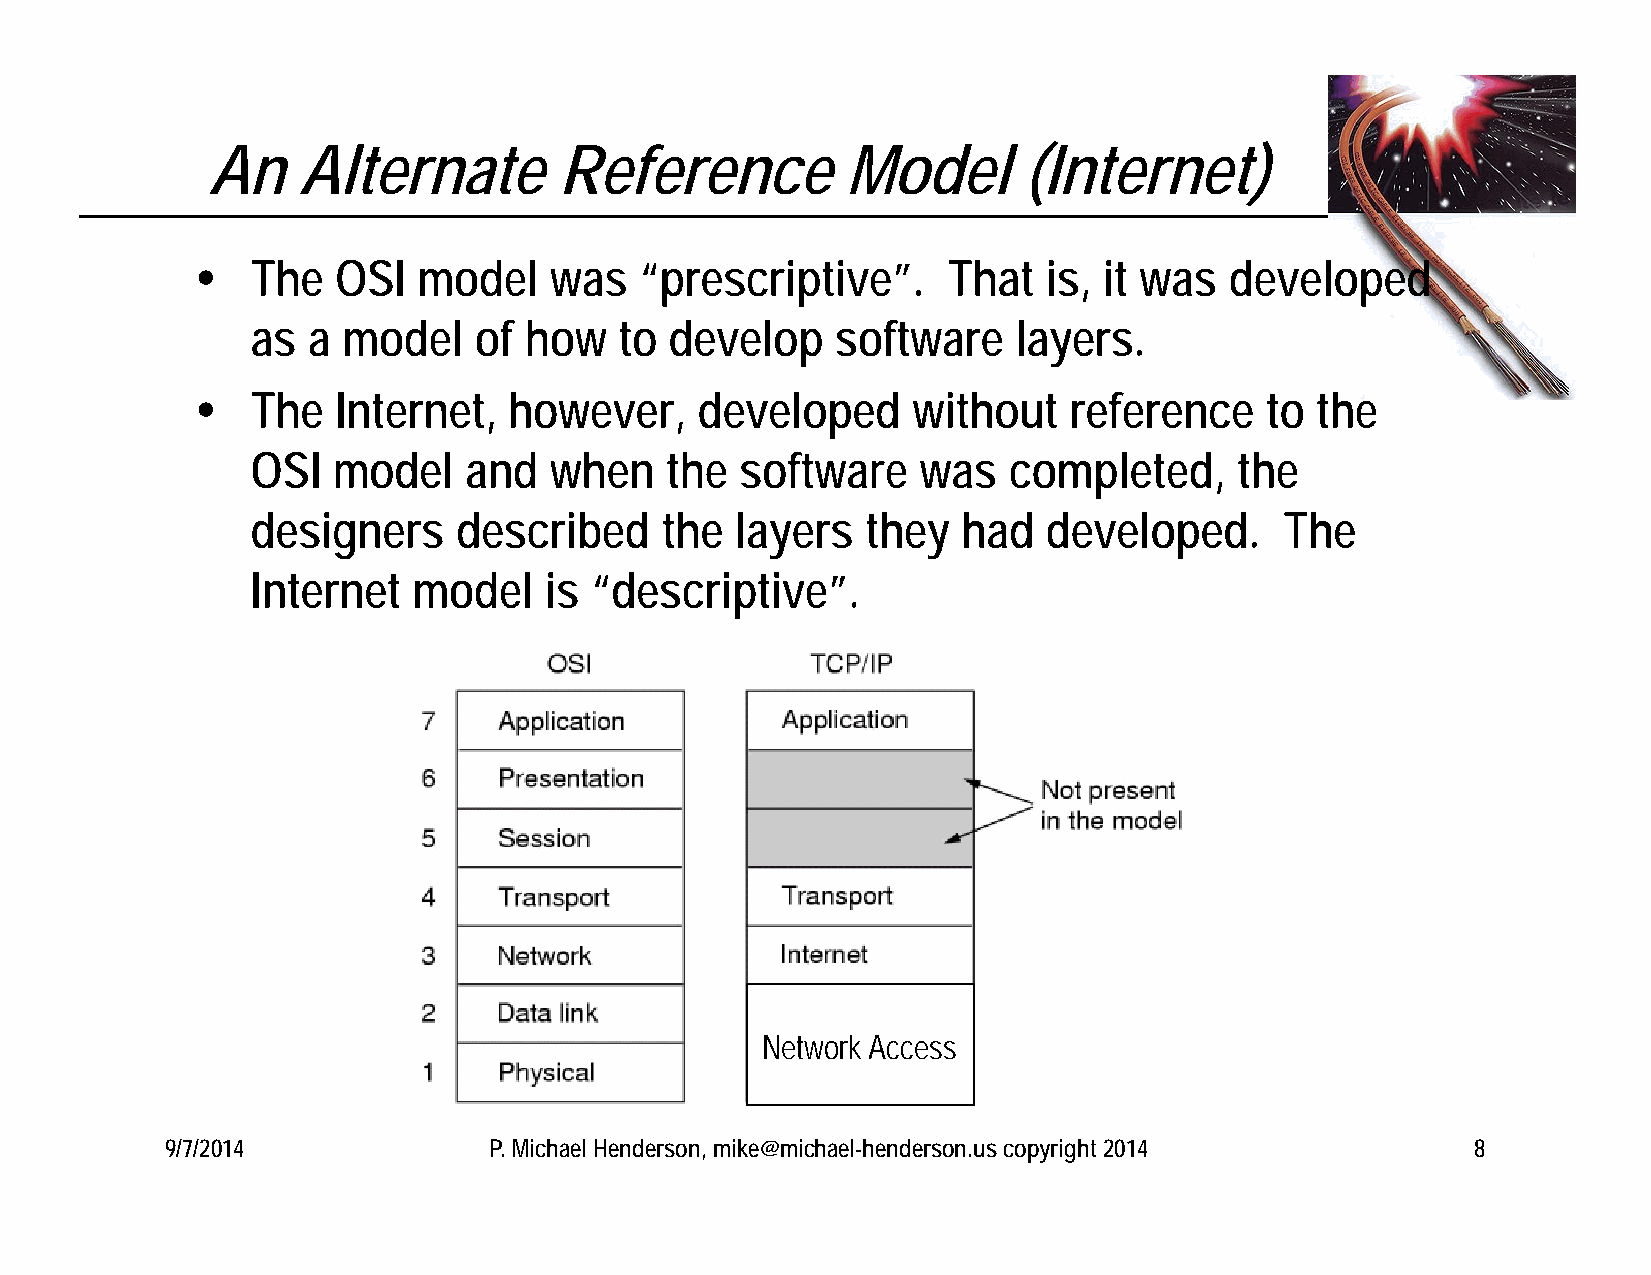
An    Alternate        Reference          Model       (Internet)
    The  OSI   model   was   “prescriptive”.      That  is, it was  developed
 as a  model   of  how   to develop    software    layers.
    The  Internet,   however,    developed     without    reference    to the
 OSI  model    and  when    the  software    was   completed,     the
 designers    described     the  layers  they   had  developed.      The
 Internet  model    is “descriptive”.
 Network Access
 9/7/2014             P. Michael Henderson, mike@michael-henderson.us copyright 2014    8